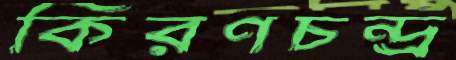
কিরণচন্দ্র